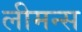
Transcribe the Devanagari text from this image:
लीमन्स